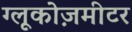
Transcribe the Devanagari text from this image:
ग्लूकोज़मीटर